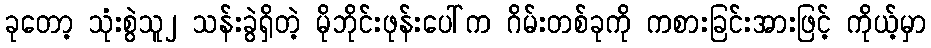
ခုတော့ သုံးစွဲသူ၂ သန်းခွဲရှိတဲ့ မိုဘိုင်းဖုန်းပေါ်က ဂိမ်းတစ်ခုကို ကစားခြင်းအားဖြင့် ကိုယ့်မှာ